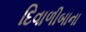
દિવાળીબાના